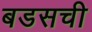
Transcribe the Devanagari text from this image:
बडसची